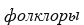
фолклоры